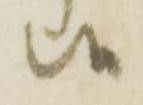
候